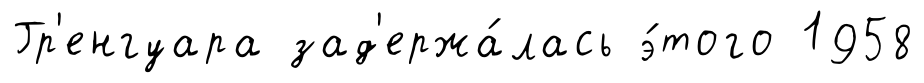
Гр'енгуара зад'ержа́лась э́того 1958